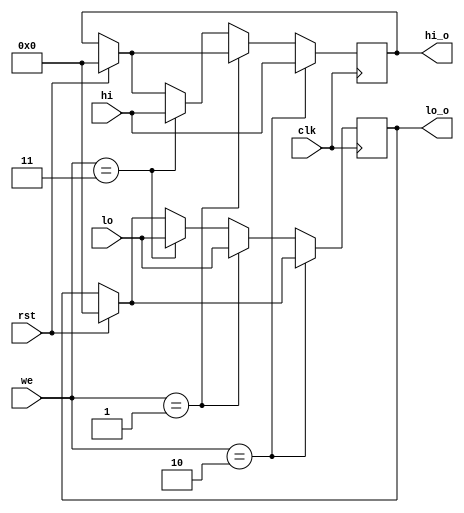
`timescale 1ns / 1ps
//////////////////////////////////////////////////////////////////////////////////
// Company: 
// Engineer: 
// 
// Design Name: 
// Module Name: hilo_reg
// Project Name: 
// Target Devices: 
// Tool Versions: 
// Description: 
// 
// Dependencies: 
// 
// Revision:
// Revision 0.01 - File Created
// Additional Comments:
// 
//////////////////////////////////////////////////////////////////////////////////


module hilo_reg(
	input wire clk,rst,
	input wire [1:0] we,
	input wire [31:0] hi,lo,
	output reg [31:0] hi_o,lo_o
    );
	
	always @(negedge clk) begin
		if(rst) begin
			hi_o <= 0;
			lo_o <= 0;
		end begin
			if(we == 2'b10) hi_o <= hi;
			else if(we == 2'b01) lo_o <= lo;
			else if(we == 2'b11) begin
				hi_o <= hi;
				lo_o <= lo;
			end
		end
	end
endmodule